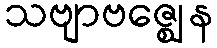
သဗျာဗဇ္ဈေန